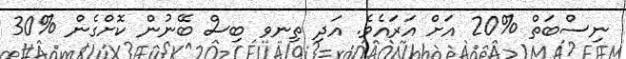
ނިސްބަތް %20 އަށް އަރައެވެ. އަދި ތިނވ ބިސް ބޭނުން ކޮށްގެން %30